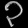
Digit: ၃